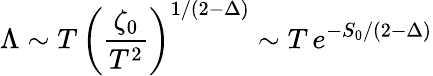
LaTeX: \Lambda\sim T\, \left(\frac{\zeta_{0}}{T^{2}}\right)^{1/(2-\Delta)}\sim T\, e^{-S_{0}/(2-\Delta)}